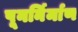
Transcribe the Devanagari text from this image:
पूनर्निर्माण